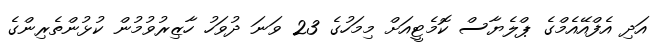
އަދި އެފްއޭއެމްގެ ޕްލެޔާސް ކޮމެޓީއަށް މިމަހުގެ 23 ވަނަ ދުވަހު ހާޒިރުވުމުން ކުޅުންތެރިންގެ